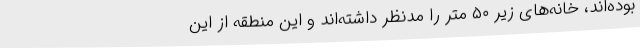
بوده‌اند، خانه‌های زیر ۵۰ متر را مدنظر داشته‌اند و این منطقه از این